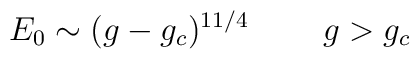
E_{0}  \sim  (g - g_{c})^{11/4}  \;\;\;\;\;\;\;\;  g > g_{c}